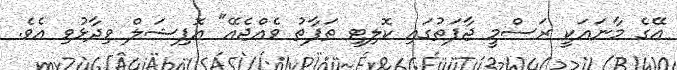
އޭގެ މާނައަކީ ރަސްމީ ޖާފަތުގައި ކޮލިޓީ ތަފާތު ވެއްޖެއޭ" އޮފިޝަލް ވިދާޅުވި އެވެ.